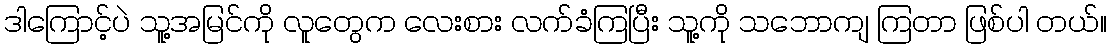
ဒါကြောင့်ပဲ သူ့အမြင်ကို လူတွေက လေးစား လက်ခံကြပြီး သူ့ကို သဘောကျ ကြတာ ဖြစ်ပါ တယ်။